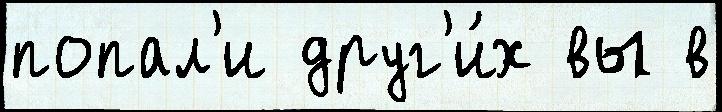
попал'и друг'и́х вы в